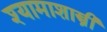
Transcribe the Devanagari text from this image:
श्यामाशास्त्री